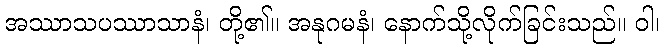
အဿာသပဿာသာနံ၊ တို့၏။ အနုဂမနံ၊ နောက်သို့လိုက်ခြင်းသည်။ ဝါ၊